Annual administration report of the Civil Veterinary Department of India - 1896-1897
Year: 1896
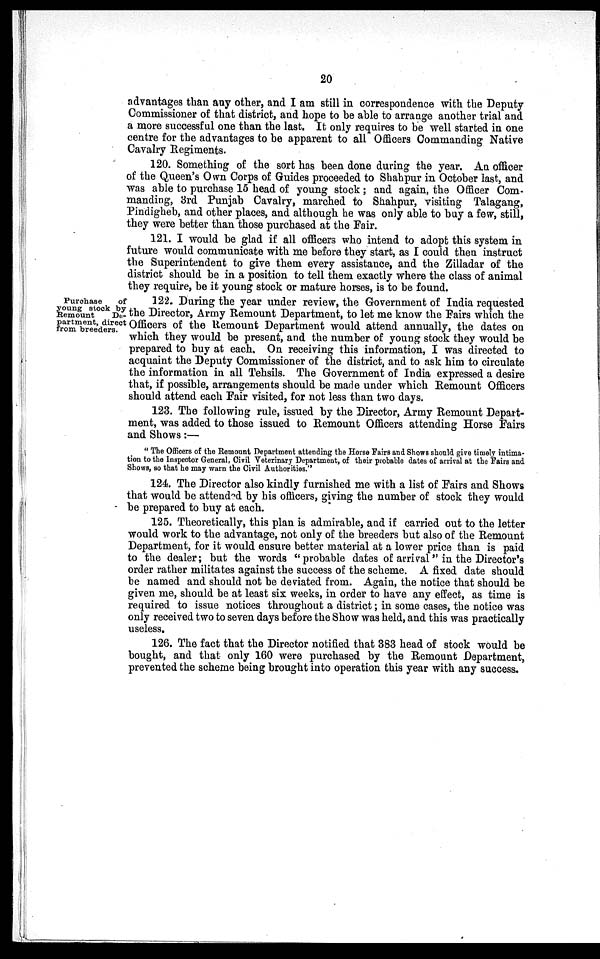
20
advantages than any other, and I am still in correspondence with the Deputy
Commissioner of that district, and hope to be able to arrange another trial and
a more successful one than the last. It only requires to be well started in one
centre for the advantages to be apparent to all Officers Commanding Native
Cavalry Regiments.
120. Something of the sort has been done during the year. An officer
of the Queen's Own Corps of Guides proceeded to Shahpur in October last, and
was able to purchase 15 head of young stock; and again, the Officer Com-
manding, 3rd Punjab Cavalry, marched to Shahpur, visiting Talagang,
Pindigheb, and other places, and although he was only able to buy a few, still,
they were better than those purchased at the Fair.
121. I would be glad if all officers who intend to adopt this system in
future would communicate with me before they start, as I could then instruct
the Superintendent to give them every assistance, and the Zilladar of the
district should be in a position to tell them exactly where the class of animal
they require, be it young stock or mature horses, is to be found.
Purchase
of
young stock by
Remount
De-
partment, direct
from breeders.
122. During the year under review, the Government of India requested
the Director, Army Remount Department, to let me know the Fairs which the
Officers of the Remount Department would attend annually, the dates on
which they would be present, and the number of young stock they would be
prepared to buy at each, On receiving this information, I was directed to
acquaint the Deputy Commissioner of the district, and to ask him to circulate
the information in all Tehsils. The Government of India expressed a desire
that, if possible, arrangements should be made under which Remount Officers
should attend each Fair visited, for not less than two days.
123. The following rule, issued by the Director, Army Remount Depart-
ment, was added to those issued to Remount Officers attending Horse Fairs
and Shows:—
"The Officers of the Remount Department attending the Horse Fairs and Shows should give timely intima-
tion to the Inspector General, Civil Veterinary Department, of their probable dates of arrival at the Fairs and.
Shows, so that he may warn the Civil Authorities."
124. The Director also kindly furnished me with a list of Fairs and Shows
that would be attended by his officers, giving the number of stock they would
be prepared to buy at each.
125. Theoretically, this plan is admirable, and if carried out to the letter
would work to the advantage, not only of the breeders but also of the Remount
Department, for it would ensure better material at a lower price than is paid
to the dealer; but the words "probable dates of arrival" in the Director's
order rather militates against the success of the scheme. A fixed date should
be named and should not be deviated from. Again, the notice that should be
given me, should be at least six weeks, in order to have any effect, as time is
required to issue notices throughout a district; in some cases, the notice was
only received two to seven days before the Show was held, and this was practically
useless.
126. The fact that the Director notified that 383 head of stock would be
bought, and that only 160 were purchased by the Remount Department,
prevented the scheme being brought into operation this year with any success.